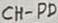
Text: CH-PD